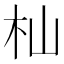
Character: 杣